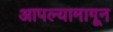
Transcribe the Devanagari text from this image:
आपल्यामागून